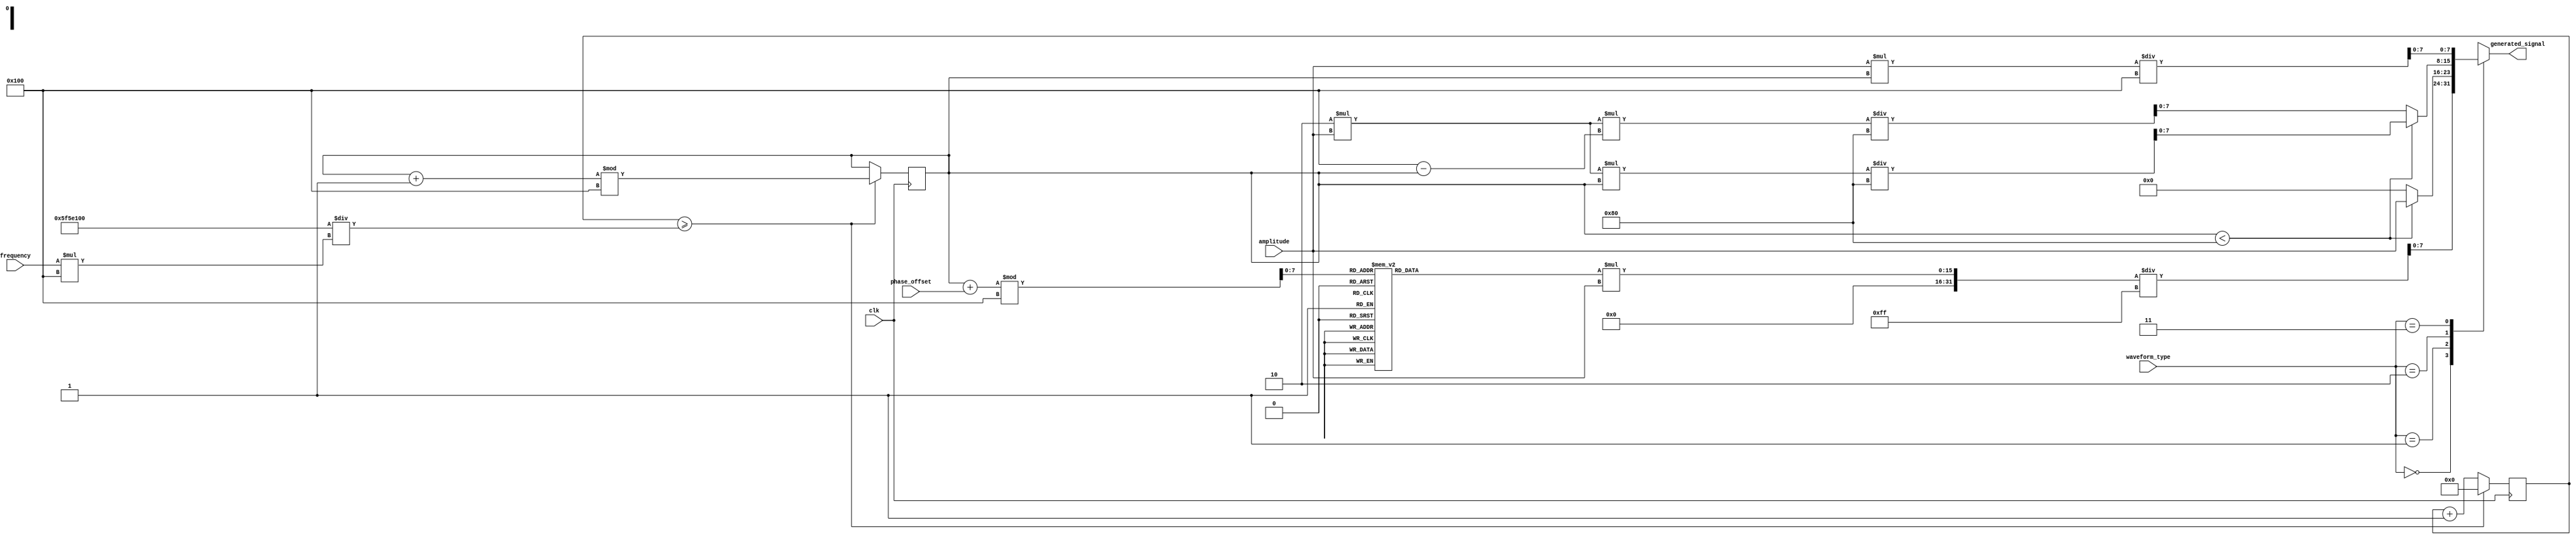
module parameterized_signal_generator #(
    parameter CLK_FREQ = 100_000_000, // Clock frequency in Hz
    parameter MAX_AMPLITUDE = 255,     // Maximum amplitude (for 8-bit output)
    parameter SINE_RESOLUTION = 256    // Resolution for sine wave lookup
)(
    input wire clk,                     // Clock signal
    input wire [1:0] waveform_type,    // 00: Sine, 01: Square, 10: Triangle, 11: Sawtooth
    input wire [31:0] frequency,        // Frequency in Hz
    input wire [7:0] amplitude,         // Amplitude (0 to MAX_AMPLITUDE)
    input wire [31:0] phase_offset,     // Phase offset in clock cycles
    output reg [7:0] generated_signal    // Generated output signal
);

    // Internal signals
    reg [31:0] counter = 0;             // Counter for frequency division
    reg [31:0] phase_accumulator = 0;   // Phase accumulator for waveform generation
    reg [7:0] sine_lut [0:SINE_RESOLUTION-1]; // Sine lookup table
    integer i;

    // Initialize sine lookup table
    initial begin
        for (i = 0; i < SINE_RESOLUTION; i = i + 1) begin
            sine_lut[i] = (MAX_AMPLITUDE / 2) * (1 + $sin(2 * 3.14159265 * i / SINE_RESOLUTION));
        end
    end

    // Frequency division logic
    always @(posedge clk) begin
        counter <= counter + 1;
        if (counter >= (CLK_FREQ / (frequency * SINE_RESOLUTION))) begin
            counter <= 0;
            phase_accumulator <= (phase_accumulator + 1) % SINE_RESOLUTION; // Increment phase
        end
    end

    // Waveform generation logic
    always @(*) begin
        case (waveform_type)
            2'b00: // Sine wave
                generated_signal = (sine_lut[(phase_accumulator + phase_offset) % SINE_RESOLUTION] * amplitude) / MAX_AMPLITUDE;
            2'b01: // Square wave
                generated_signal = (phase_accumulator < (SINE_RESOLUTION / 2)) ? amplitude : 0;
            2'b10: // Triangle wave
                generated_signal = (phase_accumulator < (SINE_RESOLUTION / 2)) ?
                                  (2 * amplitude * phase_accumulator / (SINE_RESOLUTION / 2)) :
                                  (2 * amplitude * (SINE_RESOLUTION - phase_accumulator) / (SINE_RESOLUTION / 2));
            2'b11: // Sawtooth wave
                generated_signal = (amplitude * phase_accumulator) / SINE_RESOLUTION;
            default: 
                generated_signal = 0; // Default case
        endcase
    end

endmodule